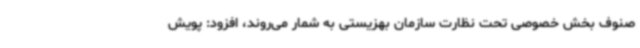
صنوف بخش خصوصی تحت نظارت سازمان بهزیستی به شمار می‌روند، افزود: پویش